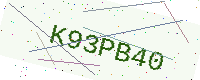
Text: K93PB40